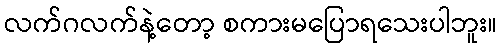
လက်ဂလက်နဲ့တော့ စကားမပြောရသေးပါဘူး။